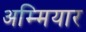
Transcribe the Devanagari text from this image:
अम्मियार